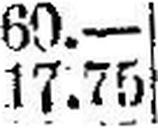
17.75